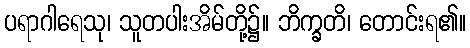
ပရာဂါရေသု၊ သူတပါးအိမ်တို့၌။ ဘိက္ခတိ၊ တောင်းရ၏။